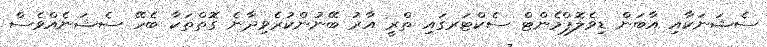
ސެޝަނަކާއި އާބަން ޑިވެލޮޕްމެންޓް ސެކްޓަރގައި ތްރީ އާރު ބޭނުންކުރެވިދާނެ ގޮތްތަކާ ބެހޭ ސެޝަނެއްވެސް